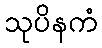
သုပိနကံ